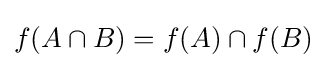
f(A\cap B)=f(A)\cap f(B)